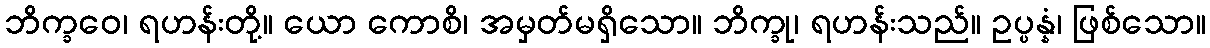
ဘိက္ခဝေ၊ ရဟန်းတို့။ ယော ကောစိ၊ အမှတ်မရှိသော။ ဘိက္ခု၊ ရဟန်းသည်။ ဥပ္ပန္နံ၊ ဖြစ်သော။